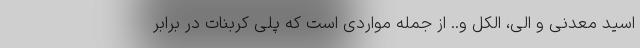
اسید معدنی و الی، الکل و.. از جمله مواردی است که پلی کربنات در برابر